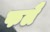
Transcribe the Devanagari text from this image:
फलै